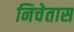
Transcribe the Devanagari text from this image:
निचेतास